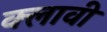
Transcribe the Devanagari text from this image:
क्लावी